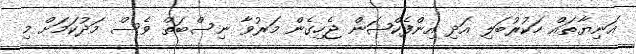
އަނިޔާތައް ހަކުރުބަލި އަދި އިންފެކްޝަން ޖެހިގެން މަރުވާ ނިސްބަތް ވެސް މަދުކަމަށް މި